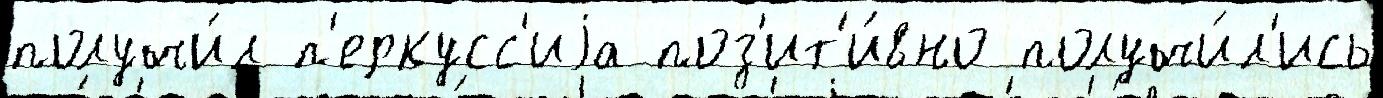
получи́л п'еркусс'иjа поз'ит'и́вно получи́л'ись